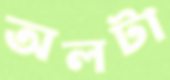
অলটা